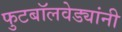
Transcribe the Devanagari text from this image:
फुटबॉलवेड्यांनी